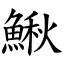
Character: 鰍